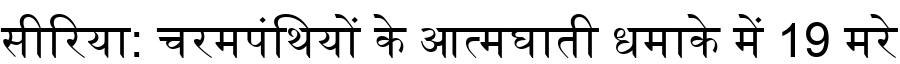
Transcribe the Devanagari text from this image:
सीरिया: चरमपंथियों के आत्मघाती धमाके में 19 मरे